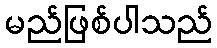
မည်ဖြစ်ပါသည်